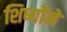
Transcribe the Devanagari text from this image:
शिष्योंने